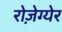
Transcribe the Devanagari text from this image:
रोज़ेग्येर